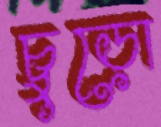
চুড়ো